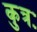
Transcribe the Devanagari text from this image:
कुत्रः